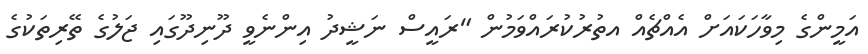
އަމީންގެ މިވާހަކައަށް އެއްޗެއް އތުރުކުރައްވަމުން "ރައީސް ނަޝީދު އިންނެވީ ދޫނިދޫގައި ޖަލުގެ ތޭރިތަކުގެ